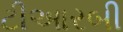
ટીઆરબી